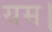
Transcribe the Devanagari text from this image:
यम।